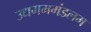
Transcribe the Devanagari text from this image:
उधगममंडलम